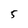
Character: 5